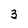
Character: 3